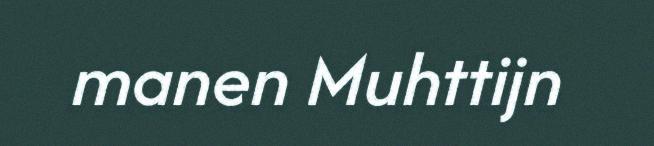
manen Muhttijn